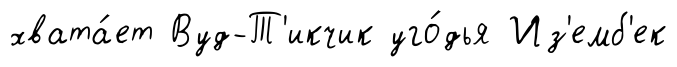
хвата́ет Вуд-Т'икчик уго́дья Из'емб'ек